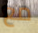
مع